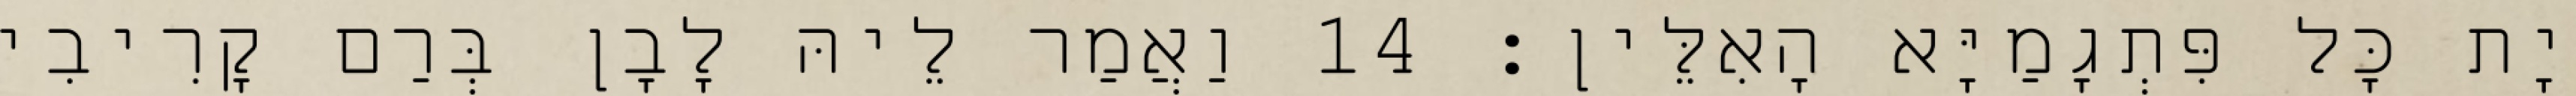
יָת כָּל פִּתְגָמַיָּא הָאִלֵּין׃ 14 וַאֲמַר לֵיהּ לָבָן בְּרַם קָרִיבִי